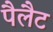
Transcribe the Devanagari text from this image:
पैलैट